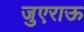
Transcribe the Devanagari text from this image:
जुएराऊ